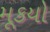
મૂકયો